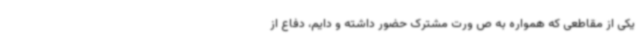
یکی از مقاطعی که همواره به ص ورت مشترک حضور داشته و دایم، دفاع از